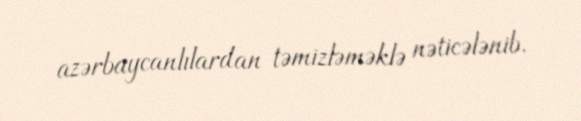
azərbaycanlılardan təmizləməklə nəticələnib.